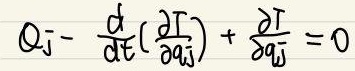
$Q _ { j } - \frac { d } { d t } ( \frac { \partial T } { \partial \dot { q } _ { j } } ) + \frac { \partial T } { \partial q _ { j } } = 0$